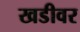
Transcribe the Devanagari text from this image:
खडीवर